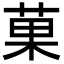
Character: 菓